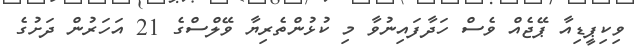
ވިކިޕީޑިއާ ޕޭޖެއް ވެސް ހަދާފައިނުވާ މި ކުޅުންތެރިޔާ ވޭލްސްގެ 21 އަހަރުން ދަށުގެ